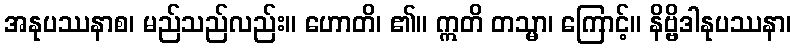
အနုပဿနာစ၊ မည်သည်လည်း။ ဟောတိ၊ ၏။ ဣတိ တသ္မာ၊ ကြောင့်။ နိဗ္ဗိဒါနုပဿနာ၊